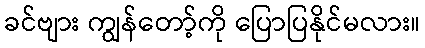
ခင်ဗျား ကျွန်တော့်ကို ပြောပြနိုင်မလား။